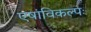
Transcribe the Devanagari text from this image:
एषांविकल्पः